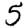
Digit: 5